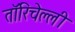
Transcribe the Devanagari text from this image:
तॉरिचेल्ली